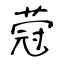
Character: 蒄